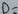
Text: D-